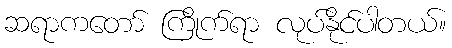
ဆရာကတော် ကြိုက်ရာ လုပ်နိုင်ပါတယ်။